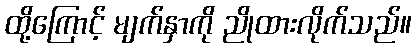
ထို့ကြောင့် မျက်နှာကို ညိုထားလိုက်သည်။